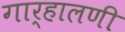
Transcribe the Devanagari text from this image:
गार्हालणी